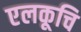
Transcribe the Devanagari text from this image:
एलकूचि